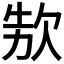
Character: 𣢳